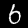
Label: 6